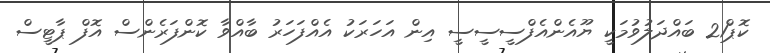
ކޮޕް21 ބައްދަލުވުމަކީ ޔޫއެންއެފްސީސީސީ އިން އަހަރަކު އެއްފަހަރު ބާއްވާ ކޮންފަރެންސް އޮފް ޕާޓީސް